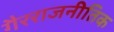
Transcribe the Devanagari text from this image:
गैरराजनीतिक